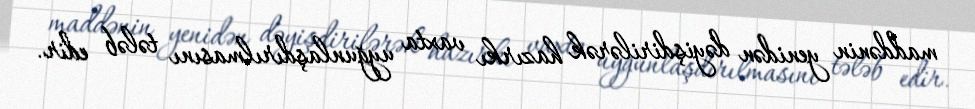
maddənin yenidən dəyişdirilərək hazırkı vaxta uyğunlaşdırılmasını tələb edir.